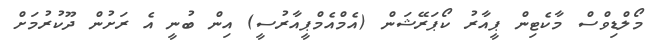
މޯލްޑިވްސް މާކެޓިން ޕީއާރު ކޯޕަރޭޝަން (އެމްއެމްޕީއާރުސީ) އިން ބުނީ އެ ރަށުން ދޫކުރުމަށް